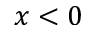
x < 0